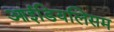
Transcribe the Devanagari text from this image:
आईडियलिसम